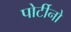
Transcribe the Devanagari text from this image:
पोर्टीनो